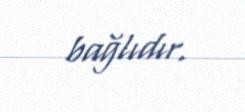
bağlıdır.